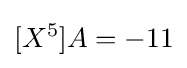
[X^{5}]A=-11